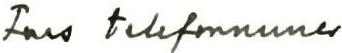
Fars telefonnums